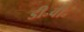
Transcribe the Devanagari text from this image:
डी॰वी॰